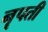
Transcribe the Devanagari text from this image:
नॄपती